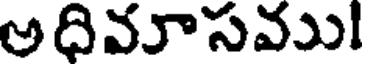
అధివూసవు!